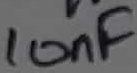
Text: 10nF